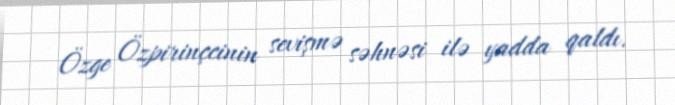
Özge Özpirinçcinin sevişmə səhnəsi ilə yadda qaldı.